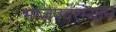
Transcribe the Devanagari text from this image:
भाजपदरम्यान